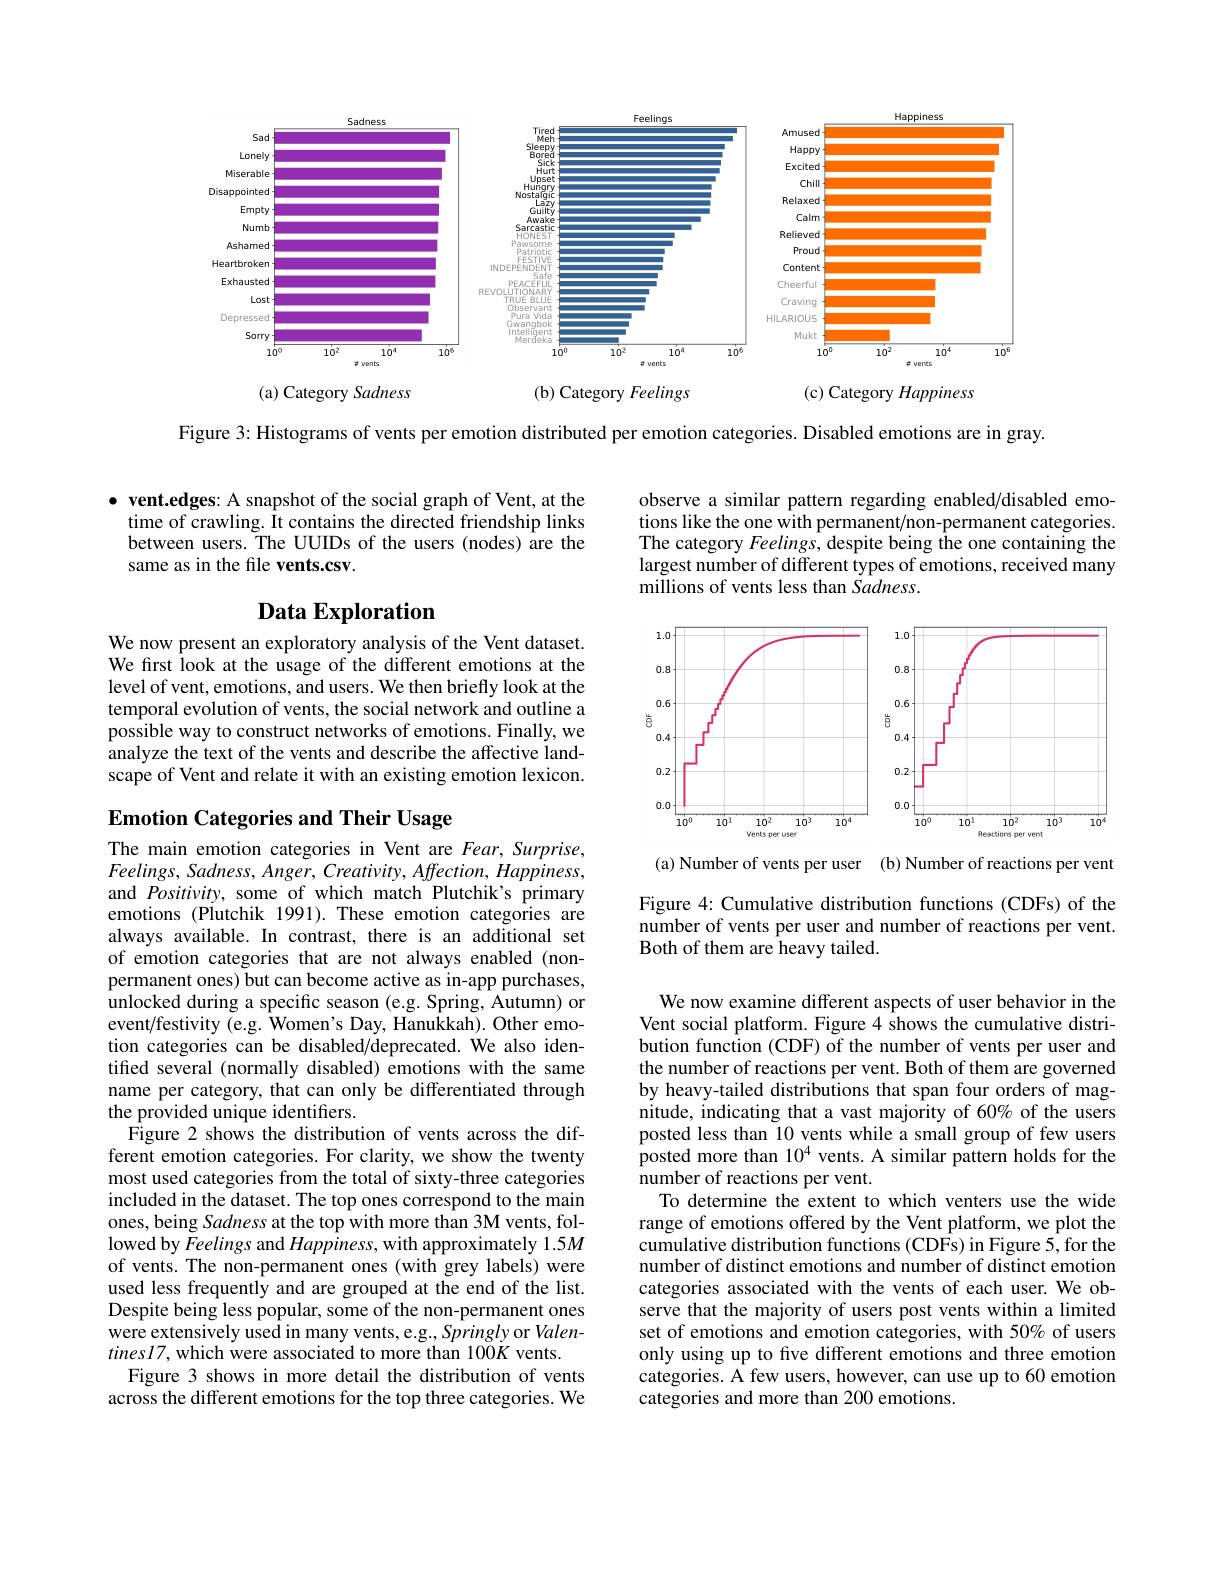
<FigureHere>
(b) Category Feelings
(a) Category Sadness
(c) Category Happiness

Figure 3: Histograms of vents per emotion distributed per emotion categories. Disabled emotions are in gray.

$\bullet$ vent.edges: A snapshot of the social graph of Vent, at the
time of crawling. It contains the directed friendship links between users. The UUIDs of the users (nodes) are the same as in the file vents.csv.

# Data Exploration

We now present an exploratory analysis of the Vent dataset. We first look at the usage of the different emotions at the level of vent, emotions, and users. We then briefly look at the temporal evolution of vents, the social network and outline a possible way to construct networks of emotions. Finally, we analyze the text of the vents and describe the affective landscape of Vent and relate it with an existing emotion lexicon.

# Emotion Categories and Their Usage

The main emotion categories in Vent are Fear, Surprise, $Feelings,Sadness,Anger,Creativity,Affection,Happiness$, and Positivity, some of which match Plutchik's primary emotions (Plutchik 1991).These emotion categories are always available. In contrast, there is an additional set of emotion categories that are not always enabled (nonpermanent ones) but can become active as in-app purchases, unlocked during a specific season (e.g. Spring, Autumn) or event/festivity (e.g. Women's Day, Hanukkah). Other emotion categories can be disabled/deprecated. Óe also identifed several (normally disabled) emotions with the same name per category, that can only be differentiated through the provided unique identifiers.
$\hat{\text{Figure 2 shows the distribution of vents across the dif-}}$ ferent emotion categories. For clarity, we show the twenty most used categories from the total of sixty-three categories included in the dataset. The top ones correspond to the main ones, being Sadness at the top with more than 3M vents, followed by Feelings and Happiness, with approximately 1.5M of vents. The non-permanent ones (with grey labels) were used less frequently and are grouped at the end of the list. Despite being less popular, some of the non-permanent ones $\hat{\text{were extensively used in many vents, e.g.}},\hat{Springly}$or Valen- $tines17$,which were associated to more than 100K vents.
Figure 3 shows in more detail the distribution of vents across the different emotions for the top three categories. We

observe a similar pattern regarding enabled/disabled emotions like the one with permanent/non-permanent categories. The category Feelings, despite being the one containing the largest number of different types of emotions, received many millions of vents less than Sadness

<FigureHere>

(a)Number of vents per user (b)Number of reactions per vent

Figure 4: Cumulative distribution functions (CDFs) of the number of vents per user and number of reactions per vent. Both of them are heavy tailed.

We now examine different aspects of user behavior in the Vent social platform. Figure 4 shows the cumulative distribution function (CDF) of the number of vents per user and the number of reactions per vent. Both of them are governed by heavy-tailed distributions that span four orders of magnitude, indicating that a vast majority of 60% of the users posted less than 10 vents while a small group of few users posted more than $10^{4}$ vents. A similar pattern holds for the number of reactions per vent.
To determine the extent to which venters use the wide range of emotions offered by the Vent platform, we plot the cumulative distribution functions (CDFs) in Figure 5, for the number of distinct emotions and number of distinct emotion categories associated with the vents of each user. We observe that the majority of users post vents within a limited set of emotions and emotion categories, with 50% of users only using up to five different emotions and three emotion categories. A few users, however, can use up to 60 emotion categories and more than 200 emotions.